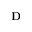
\mathbf { D }